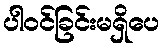
ပါဝင်ခြင်းမရှိပေ